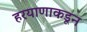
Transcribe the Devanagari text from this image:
हरयाणाकडून